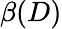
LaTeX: \beta(D)